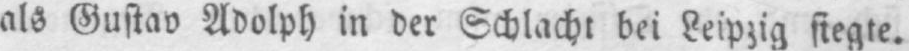
als Gustav Adolph in der Schlacht bei Leipzig siegte.